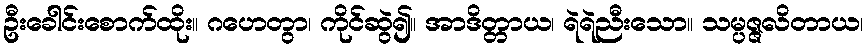
ဦးခေါင်းစောက်ထိုး။ ဂဟေတွာ၊ ကိုင်ဆွဲ၍။ အာဒိတ္တာယ၊ ရဲရဲညီးသော။ သမ္ပဇ္ဇလိတာယ၊